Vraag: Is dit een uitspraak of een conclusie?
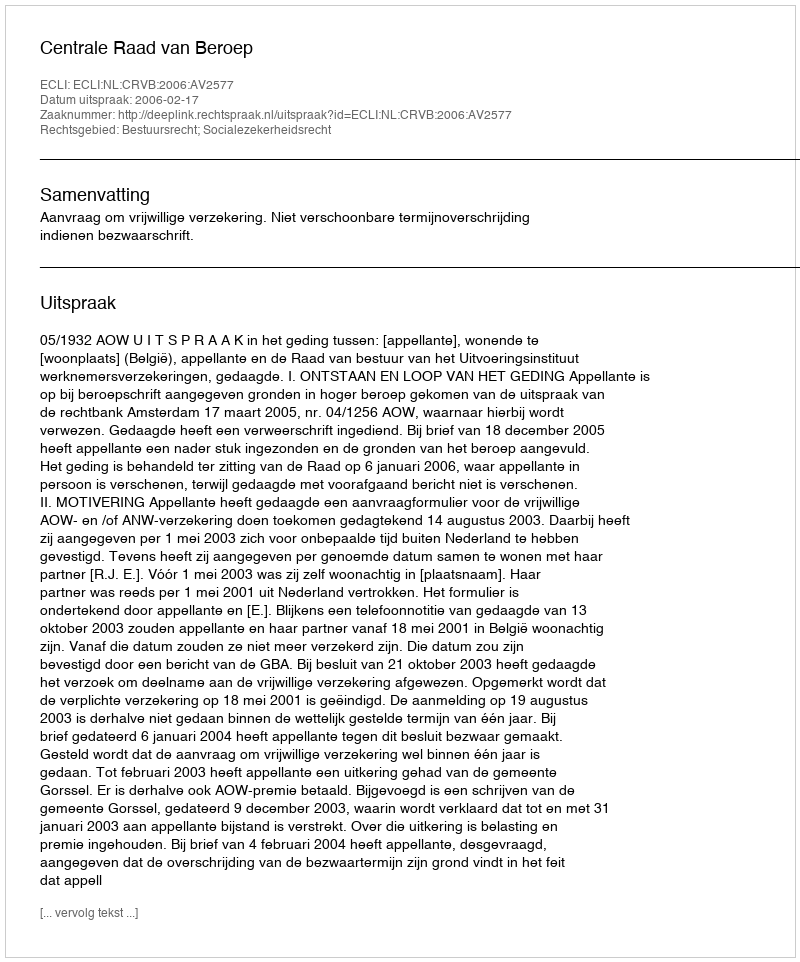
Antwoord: Uitspraak